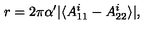
r = 2 \pi \alpha ^ { \prime } \vert \langle A _ { 1 1 } ^ { i } - A _ { 2 2 } ^ { i } \rangle \vert ,